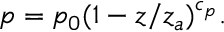
p = p _ { 0 } ( 1 - z / z _ { a } ) ^ { c _ { p } } .